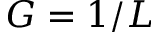
G = 1 / L